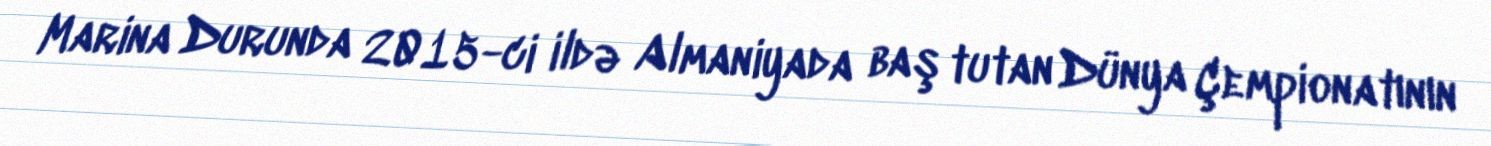
Marina Durunda 2015-ci ildə Almaniyada baş tutan Dünya Çempionatının